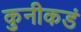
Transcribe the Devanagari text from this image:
कुनीकडं